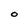
Character: O